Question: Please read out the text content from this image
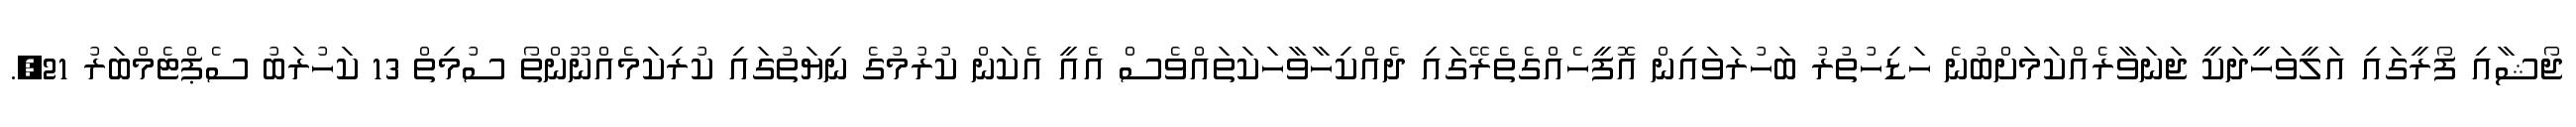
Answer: ޖޯޝާއި ފޯރީގައި އަލީވަހީދަކީ ޖަނަވާރެއްކަމަށްބުނެ ހަޑިހުތުރު ބަހުރަވައިން އޮފީހެއްގެތެރޭގައި ދެއްކިހާވާހަކަތައްވެސް އެއީ އެކަން ކުރުމުގެ ނިޔަތުގައި ކުރިކަމެއްނޫންތޯ ސުމިތް 13 ކަހުރަބު ސެޕްޓެމްބަރު 21,.